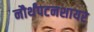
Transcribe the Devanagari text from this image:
नौर्थंपटनशायर